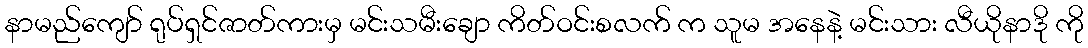
နာမည်ကျော် ရုပ်ရှင်ဇာတ်ကားမှ မင်းသမီးချော ကိတ်ဝင်းစလက် က သူမ အနေနဲ့ မင်းသား လီယိုနာဒို ကို